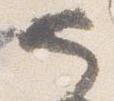
也